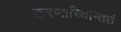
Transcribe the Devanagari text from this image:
करणाच्चिन्तितं